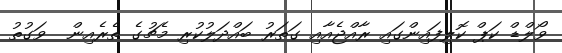
ވޯލްޑް ކަޕް ކޮލިފައިންގައި ރާއްޖެއާއި ގަތަރު ބައްދަލުކުރި މެޗުގެ ތެރެއިން  ވަގުތު